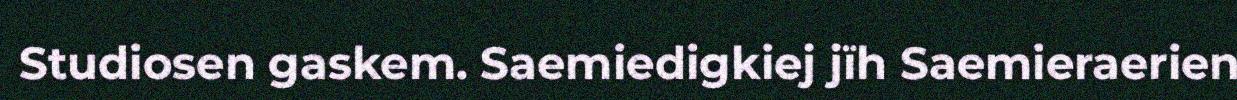
Studiosen gaskem. Saemiedigkiej jïh Saemieraerien